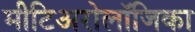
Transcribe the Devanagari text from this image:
मीटिअरोलॉजिका